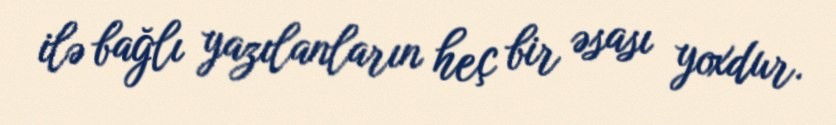
ilə bağlı yazılanların heç bir əsası yoxdur.